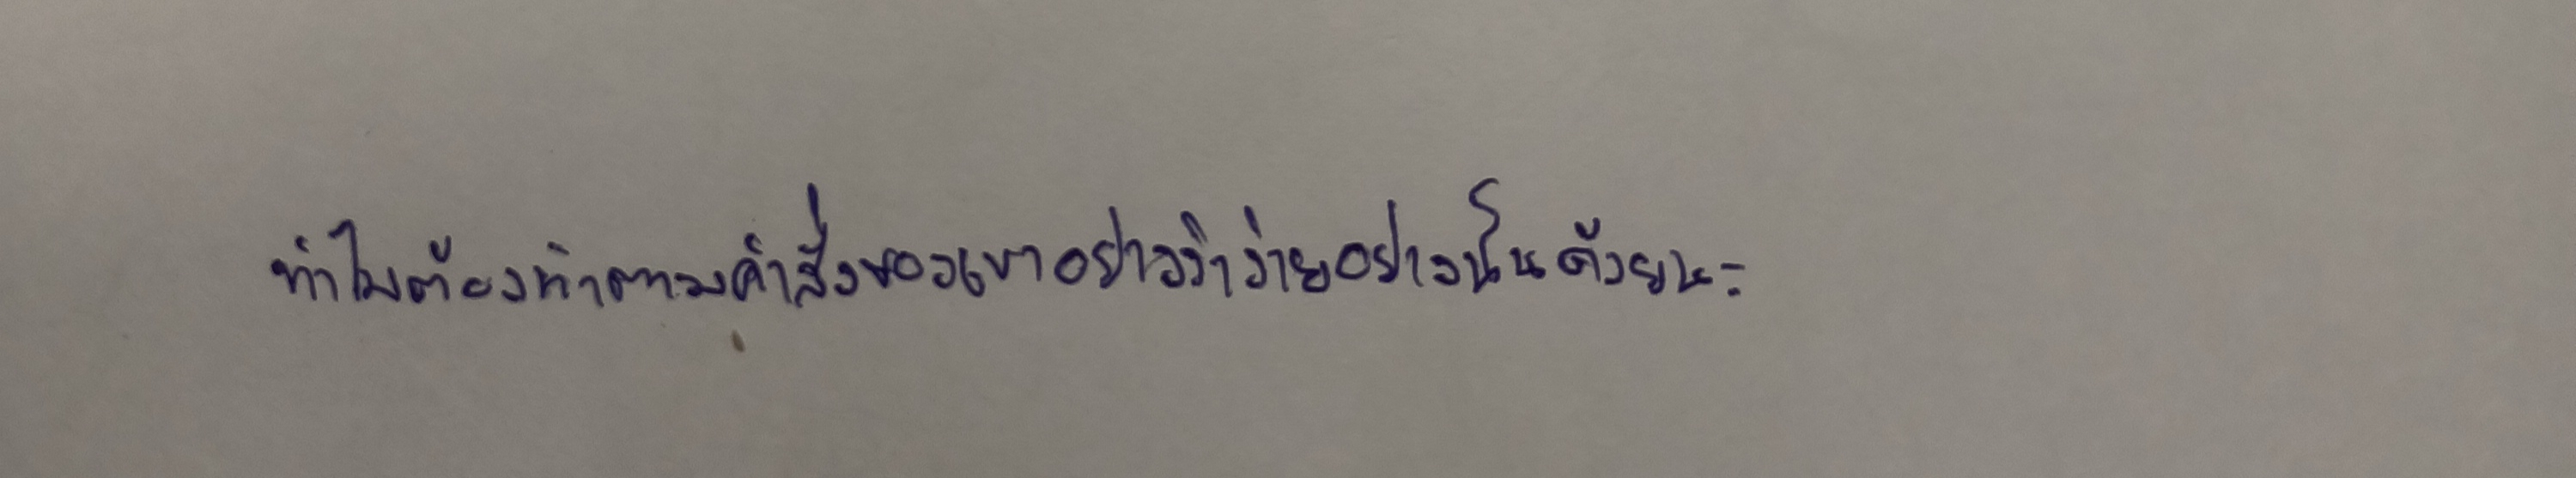
ทำไมต้องทำตามคำสั่งของเขาอย่างว่าง่ายอย่างนั้นด้วยนะ"